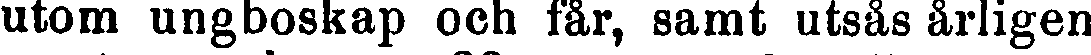
utom ungboskap och får, samt utsås årligen